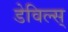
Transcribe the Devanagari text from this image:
डेविल्स्